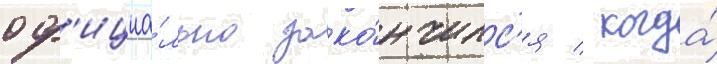
оф'ициа́льно зако́нчилс'я / когда́